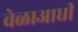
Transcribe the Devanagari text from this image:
वेळाआधी